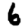
Digit: 6